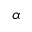
\alpha